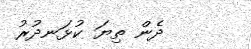
ދެން ތިޔަ ކުޅަނދުރު